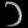
Digit: ၁